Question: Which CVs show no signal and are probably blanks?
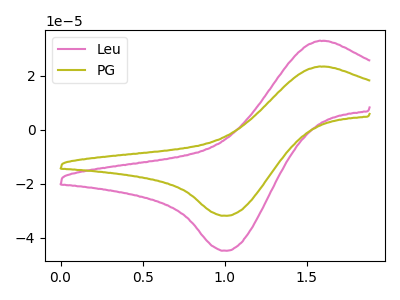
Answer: <think>The pink curve "Leu" has an anodic peak at (1.60V, 32.90uA) and a cathodic peak at (1.00V, -44.75uA). The olive curve "PG" has an anodic peak at (1.60V, 23.40uA) and a cathodic peak at (1.00V, -31.80uA).</think>
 <answer>There are not any CV's on this graph that are likely to be blanks.</answer>
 <eval>none</eval>